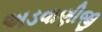
અડવાણીજી